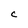
Character: C